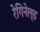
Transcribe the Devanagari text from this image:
रेगिनेल्‍ड